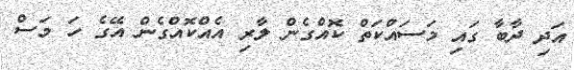
އަދި ދާބާ ގައި މަސައްކަތް ކޮއްގެން ލާރި އެއްކޮއްގެން އޭގެ ހަ މަސް